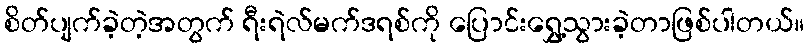
စိတ်ပျက်ခဲ့တဲ့အတွက် ရီးရဲလ်မက်ဒရစ်ကို ပြောင်းရွှေ့သွားခဲ့တာဖြစ်ပါတယ်။